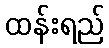
ထန်းရည်